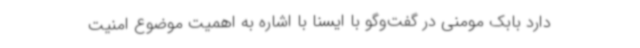
دارد بابک مومنی در گفت‌وگو با ایسنا با اشاره به اهمیت موضوع امنیت